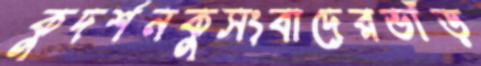
কুদর্শনকুসংবাদেরভাঁড়